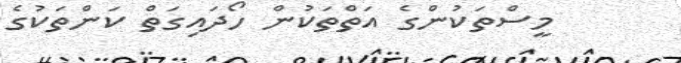
މީސްތަކުންގެ އަތްތަކުން ހޯދައިގަތް ކަންތަކުގެ